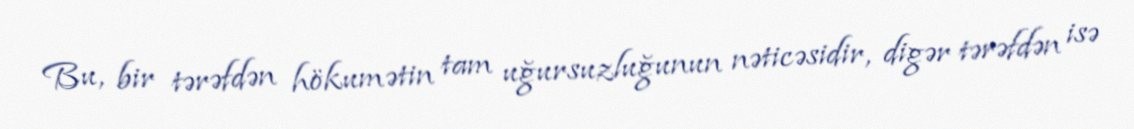
Bu, bir tərəfdən hökumətin tam uğursuzluğunun nəticəsidir, digər tərəfdən isə